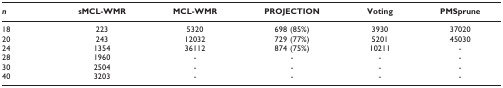
<table><thead><tr><td><b><i>n</i></b></td><td><b>sMCL-WMR</b></td><td><b>MCL-WMR</b></td><td><b>PROJECTION</b></td><td><b>Voting</b></td><td><b>PMSprune</b></td></tr></thead><tbody><tr><td>18</td><td>223</td><td>5320</td><td>698 (85%)</td><td>3930</td><td>37020</td></tr><tr><td>20</td><td>243</td><td>12032</td><td>729 (77%)</td><td>5201</td><td>45030</td></tr><tr><td>24</td><td>1354</td><td>36112</td><td>874 (75%)</td><td>10211</td><td>-</td></tr><tr><td>28</td><td>1960</td><td>-</td><td>-</td><td>-</td><td>-</td></tr><tr><td>30</td><td>2504</td><td>-</td><td>-</td><td>-</td><td>-</td></tr><tr><td>40</td><td>3203</td><td>-</td><td>-</td><td>-</td><td>-</td></tr></tbody></table>